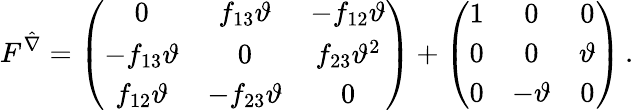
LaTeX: F^{\hat{\nabla}}=\left(\begin{array}{ccc}{{0}}&{{f_{13}\vartheta}}&{{-f_{12}\vartheta}}\\ {{-f_{13}\vartheta}}&{{0}}&{{f_{23}\vartheta^{2}}}\\ {{f_{12}\vartheta}}&{{-f_{23}\vartheta}}&{{0}}\end{array}\right)+\left(\begin{array}{ccc}{{1}}&{{0}}&{{0}}\\ {{0}}&{{0}}&{{\vartheta}}\\ {{0}}&{{-\vartheta}}&{{0}}\end{array}\right)\, .